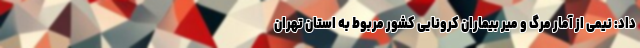
داد: نیمی از آمار مرگ و میر بیماران کرونایی کشور مربوط به استان تهران